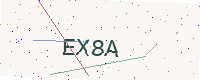
Text: EX8A